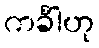
ကင်္ခါဟု